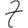
Digit: 7